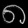
Digit: ၈